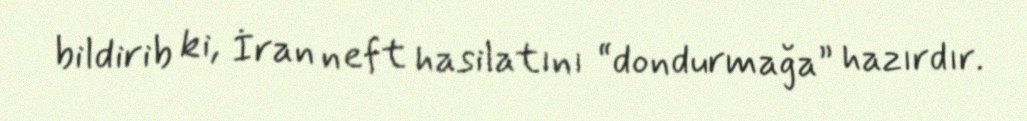
bildirib ki, İran neft hasilatını “dondurmağa” hazırdır.